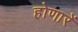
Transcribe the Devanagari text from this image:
होणारें